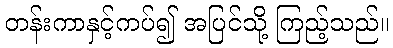
တန်းကာနှင့်ကပ်၍ အပြင်သို့ ကြည့်သည်။